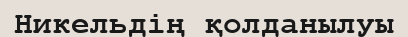
Никельдің қолданылуы